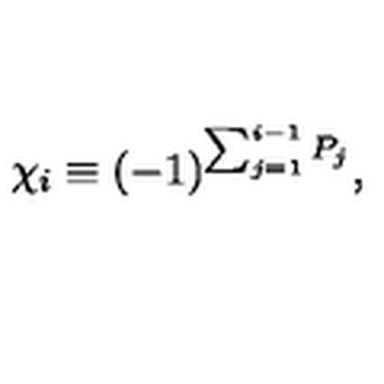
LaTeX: \chi _ { i } \equiv ( - 1 ) ^ { \sum _ { j = 1 } ^ { i - 1 } P _ { j } } ,